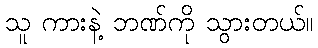
သူ ကားနဲ့ ဘဏ်ကို သွားတယ်။